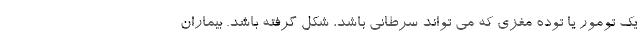
یک تومور یا توده مغزی که می تواند سرطانی باشد، شکل گرفته باشد. بیماران